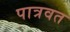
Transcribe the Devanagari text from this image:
पात्रवत